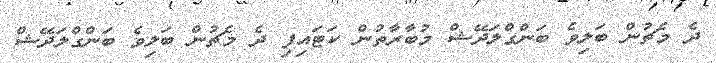
ދެ މެޗުން ބަލިވެ ބަންގްލަދޭޝް މުބާރާތުން ކަޓައިފި ދެ މެޗުން ބަލިވެ ބަންގްލަދޭޝް